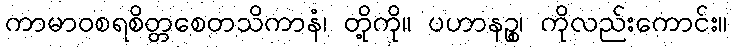
ကာမာဝစရစိတ္တစေတသိကာနံ၊ တို့ကို။ ပဟာနဉ္စ၊ ကိုလည်းကောင်း။